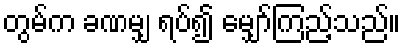
တွမ်က ခဏမျှ ရပ်၍ မျှော်ကြည့်သည်။